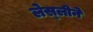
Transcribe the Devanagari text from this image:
लेस्‍लीने